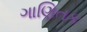
ગાણિતક